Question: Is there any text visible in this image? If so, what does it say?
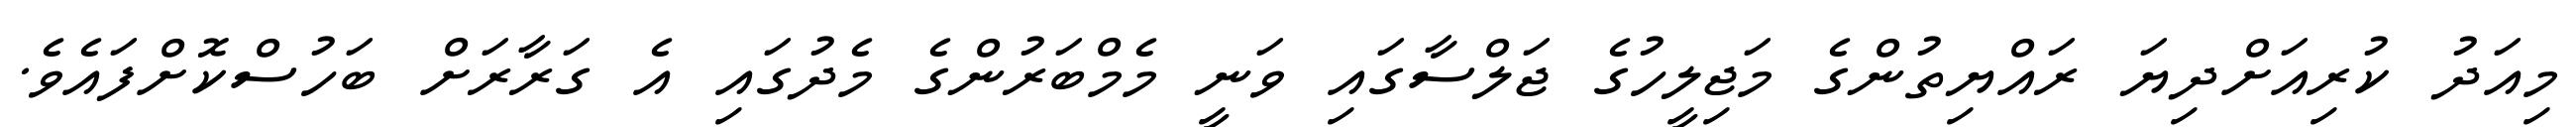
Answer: މިއަދު ކުރިއަށްދިޔަ ރައްޔިތުންގެ މަޖިލީހުގެ ޖަލްސާގައި ވަނީ މެމްބަރުންގެ މެދުގައި އެ ގަރާރަށް ބަހުސްކޮށްފައެވެ.